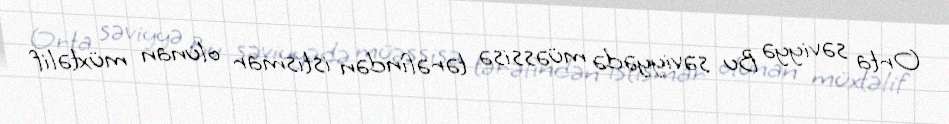
Orta səviyyə Bu səviyyədə müəssisə tərəfindən istismar olunan müxtəlif